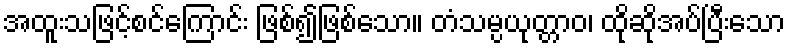
အထူးသဖြင့်စင်ကြောင်း ဖြစ်၍ဖြစ်သော။ တံသမ္ပယုတ္တာဝ၊ ထိုဆိုအပ်ပြီးသော